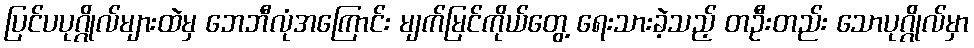
ပြင်ပပုဂ္ဂိုလ်များထဲမှ ဘေဘီလုံအကြောင်း မျက်မြင်ကိုယ်တွေ့ ရေးသားခဲ့သည့် တဦးတည်း သောပုဂ္ဂိုလ်မှာ